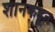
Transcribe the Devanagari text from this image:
शानकडून